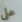
على